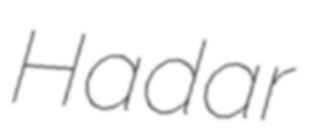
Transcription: Hadar